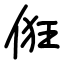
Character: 俇